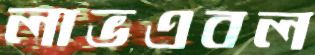
লাভএবল